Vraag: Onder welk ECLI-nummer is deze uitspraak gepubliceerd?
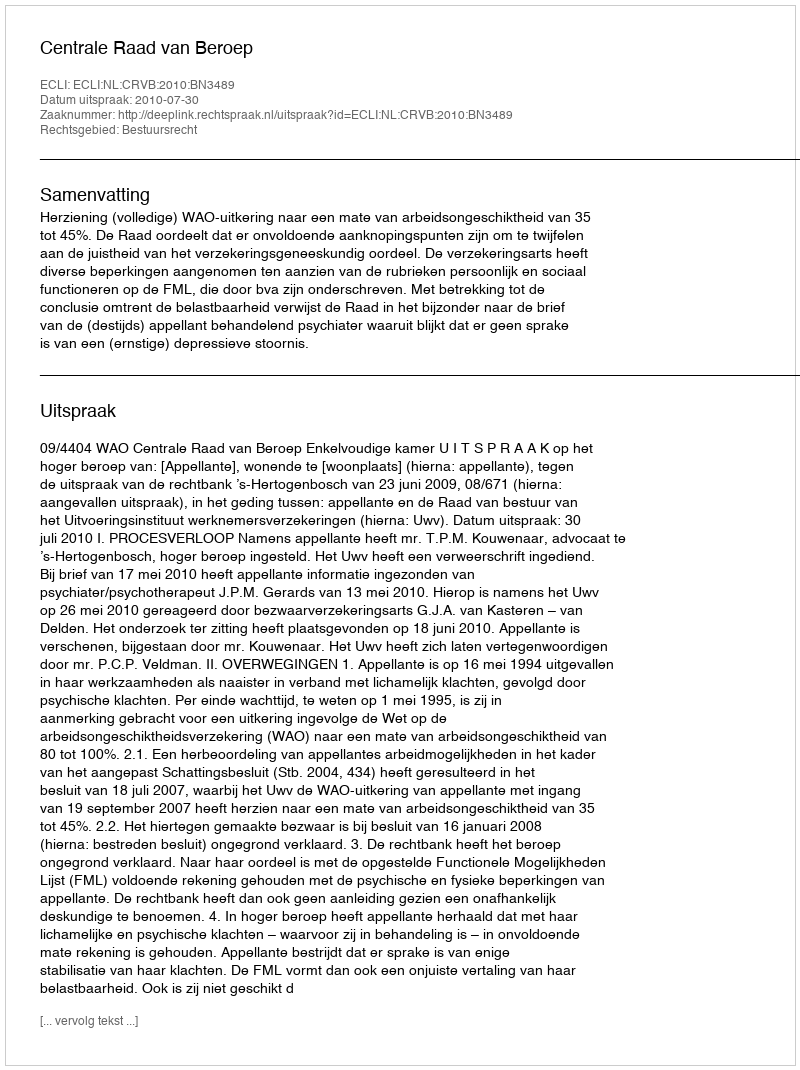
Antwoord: ECLI:NL:CRVB:2010:BN3489